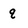
Character: q